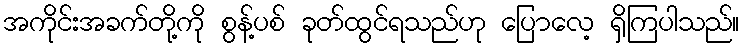
အကိုင်းအခက်တို့ကို စွန့်ပစ် ခုတ်ထွင်ရသည်ဟု ပြောလေ့ ရှိကြပါသည်။